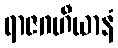
ရာဇဂဟီယာနံ